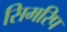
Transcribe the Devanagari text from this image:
सिमरिप